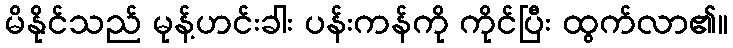
မိနိုင်သည် မုန့်ဟင်းခါး ပန်းကန်ကို ကိုင်ပြီး ထွက်လာ၏။